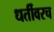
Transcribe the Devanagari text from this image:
धर्तीवरच